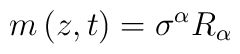
m\left( z,t\right) =\sigma ^{\alpha }R_{\alpha }